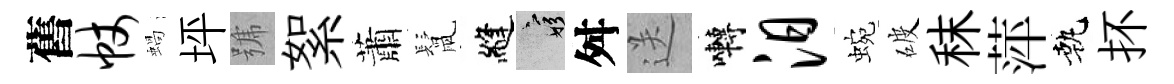
舊帐蝸坪號絮蕭鬛縫窮舛送囀汨蜿破秣萍執抔